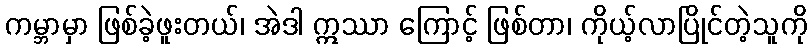
ကမ္ဘာမှာ ဖြစ်ခဲ့ဖူးတယ်၊ အဲဒါ ဣဿာ ကြောင့် ဖြစ်တာ၊ ကိုယ့်လာပြိုင်တဲ့သူကို